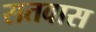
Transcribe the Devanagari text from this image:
सतवास